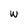
Character: W